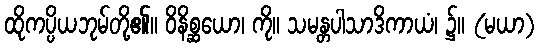
ထိုကပ္ပိယဘုမ်တို့၏။ ဝိနိစ္ဆယော၊ ကို။ သမန္တပါသာဒိကာယံ၊ ၌။ (မယာ)